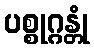
ပစ္စုဂ္ဂန္တုံ